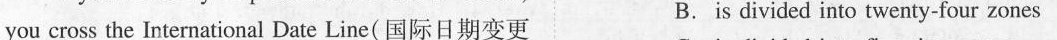
you cross the International Date Line(国际日期变更 B.is divided into twenty-four zones